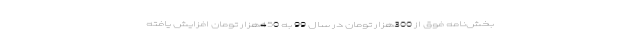
بخش‌نامه فوق از 300هزار تومان در سال 99 به 450هزار تومان افزایش یافته